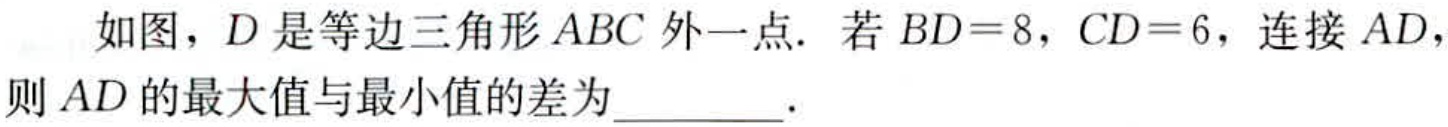
如图，\(D\)是等边三角形\(ABC\)外一点. 若\(BD = 8\)，\(CD = 6\)，连接\(AD\)，则\(AD\)的最大值与最小值的差为________.